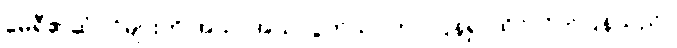
မေရီ၏ဆံပင်များကို အသာအယာပွတ်သပ်ကာ ပြန်၍ ထိုင်လိုက်ပြန်သည်။